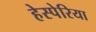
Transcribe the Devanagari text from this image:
हेस्पेरिया